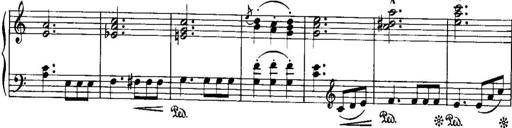
Title: Piano Sonatina No.1, Op.146
Composer: Stephen Heller